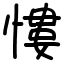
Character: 慺